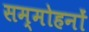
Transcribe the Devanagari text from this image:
सम्मोहनों